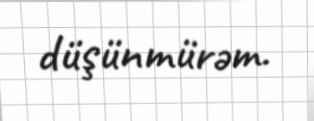
düşünmürəm.